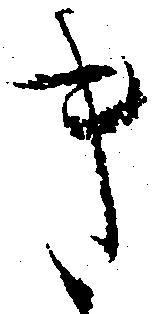
き